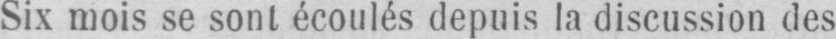
Six mois se sont écoulés depuis la discussion des